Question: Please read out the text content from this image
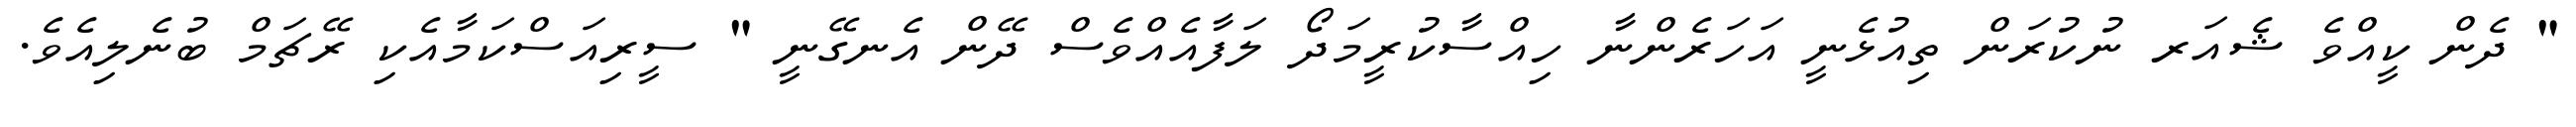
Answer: " ދެން ކީއްވެ ޝެއަރ ނުކުރަން ތިއުޅެނީ އަހަރެންނާ ހިއްސާކުރީމަދޯ ލަފާއެއްވެސް ދޭން އެނގޭނީ " ސީރިއަސްކަމާއެކި ރޭޗަމް ބުނެލިއެވެ.